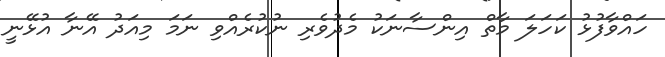
ހައްވާފުޅު ކަހަލަ މާތް އިންސާނަކު މެދުވެރި ނުކުރެއްވި ނަމަ މިއަދު އޭނާ އުޅޭނީ